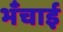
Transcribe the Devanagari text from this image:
भँचाई